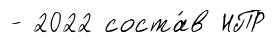
- 2022 соста́в НПР